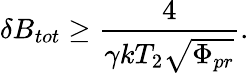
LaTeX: \delta B_{tot}\geq\frac{4}{\gamma kT_{2}\sqrt{\Phi_{pr}}}.